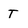
Character: T